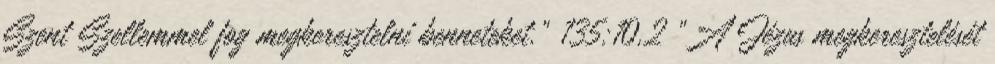
Szent Szellemmel fog megkeresztelni benneteket.” 135:10.2 „A Jézus megkeresztelését